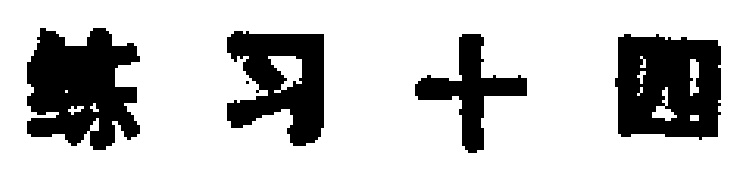
练习十四